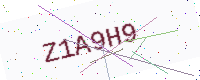
Text: Z1A9H9